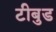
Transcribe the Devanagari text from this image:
टीबुड